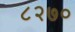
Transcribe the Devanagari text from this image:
८२७०